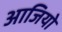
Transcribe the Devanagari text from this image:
आजियो